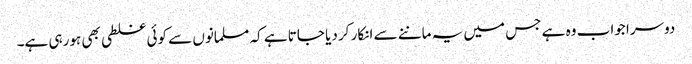
دوسرا جواب وہ ہے جس میں یہ ماننے سے انکار کر دیا جاتا ہے کہ مسلمانوں سے کوئی غلطی بھی ہورہی ہے۔